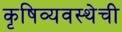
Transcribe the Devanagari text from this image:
कृषिव्यवस्थेची